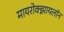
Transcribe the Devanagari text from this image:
मायरोक्झायलॉन